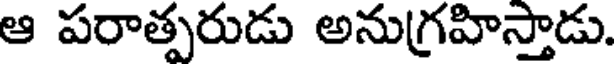
ఆ పరాత్పరుడు అనుగ్రహిస్తాడు.